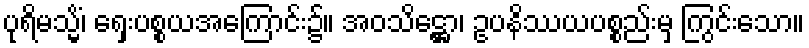
ပုရိမသ္မိံ၊ ရှေးပစ္စယအကြောင်း၌။ အဝသိဋ္ဌော၊ ဥပနိဿယပစ္စည်းမှ ကြွင်းသော။